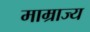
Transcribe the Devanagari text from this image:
माम्राज्य